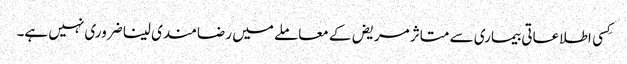
کِسی اطلاعاتی بیماری سے متاثر مریض کے معاملے میں رضامندی لینا ضروری نہیں ہے۔